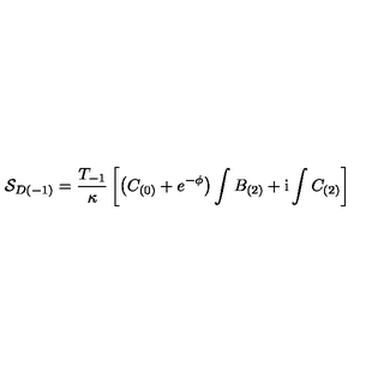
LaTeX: { \cal S } _ { D ( - 1 ) } = \frac { T _ { - 1 } } { \kappa } \left[ \left( C _ { ( 0 ) } + e ^ { - \phi } \right) \int B _ { ( 2 ) } + \mathrm { i } \int C _ { ( 2 ) } \right]